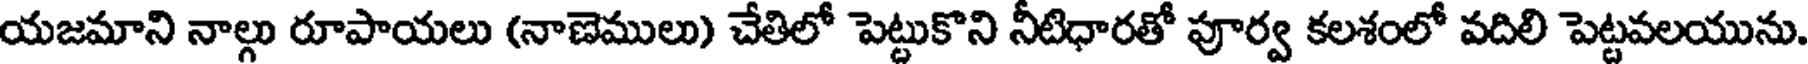
యజమాని నాల్గు రూపాయలు (నాణెములు) చేతిలో పెట్టుకొని నీటిధారతో పూర్వ కలశంలో వదిలి పెట్టవలయును.